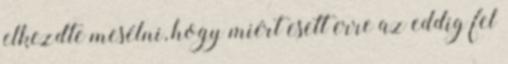
elkezdte mesélni, hogy miért esett erre az eddig fel